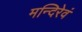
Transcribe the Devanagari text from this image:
मन्दिरेवं